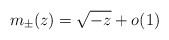
\begin{align*}m_{\pm}(z) = \sqrt{-z} + o(1)\end{align*}